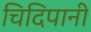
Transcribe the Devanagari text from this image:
चिदिपानी